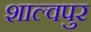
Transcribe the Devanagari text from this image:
शाल्वपुर